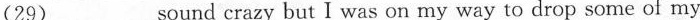
(29)___sound crazy but I was on my way to drop some of my